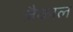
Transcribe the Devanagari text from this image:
जैकाल